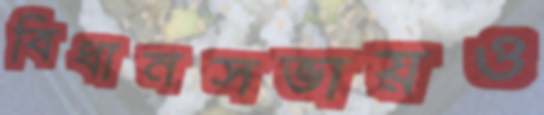
বিধানসভায়ও